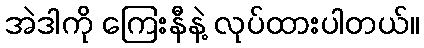
အဲဒါကို ကြေးနီနဲ့ လုပ်ထားပါတယ်။